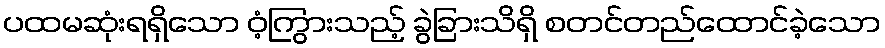
ပထမဆုံးရရှိသော ဝံ့ကြွားသည့် ခွဲခြားသိရှိ စတင်တည်ထောင်ခဲ့သော